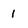
Character: 1